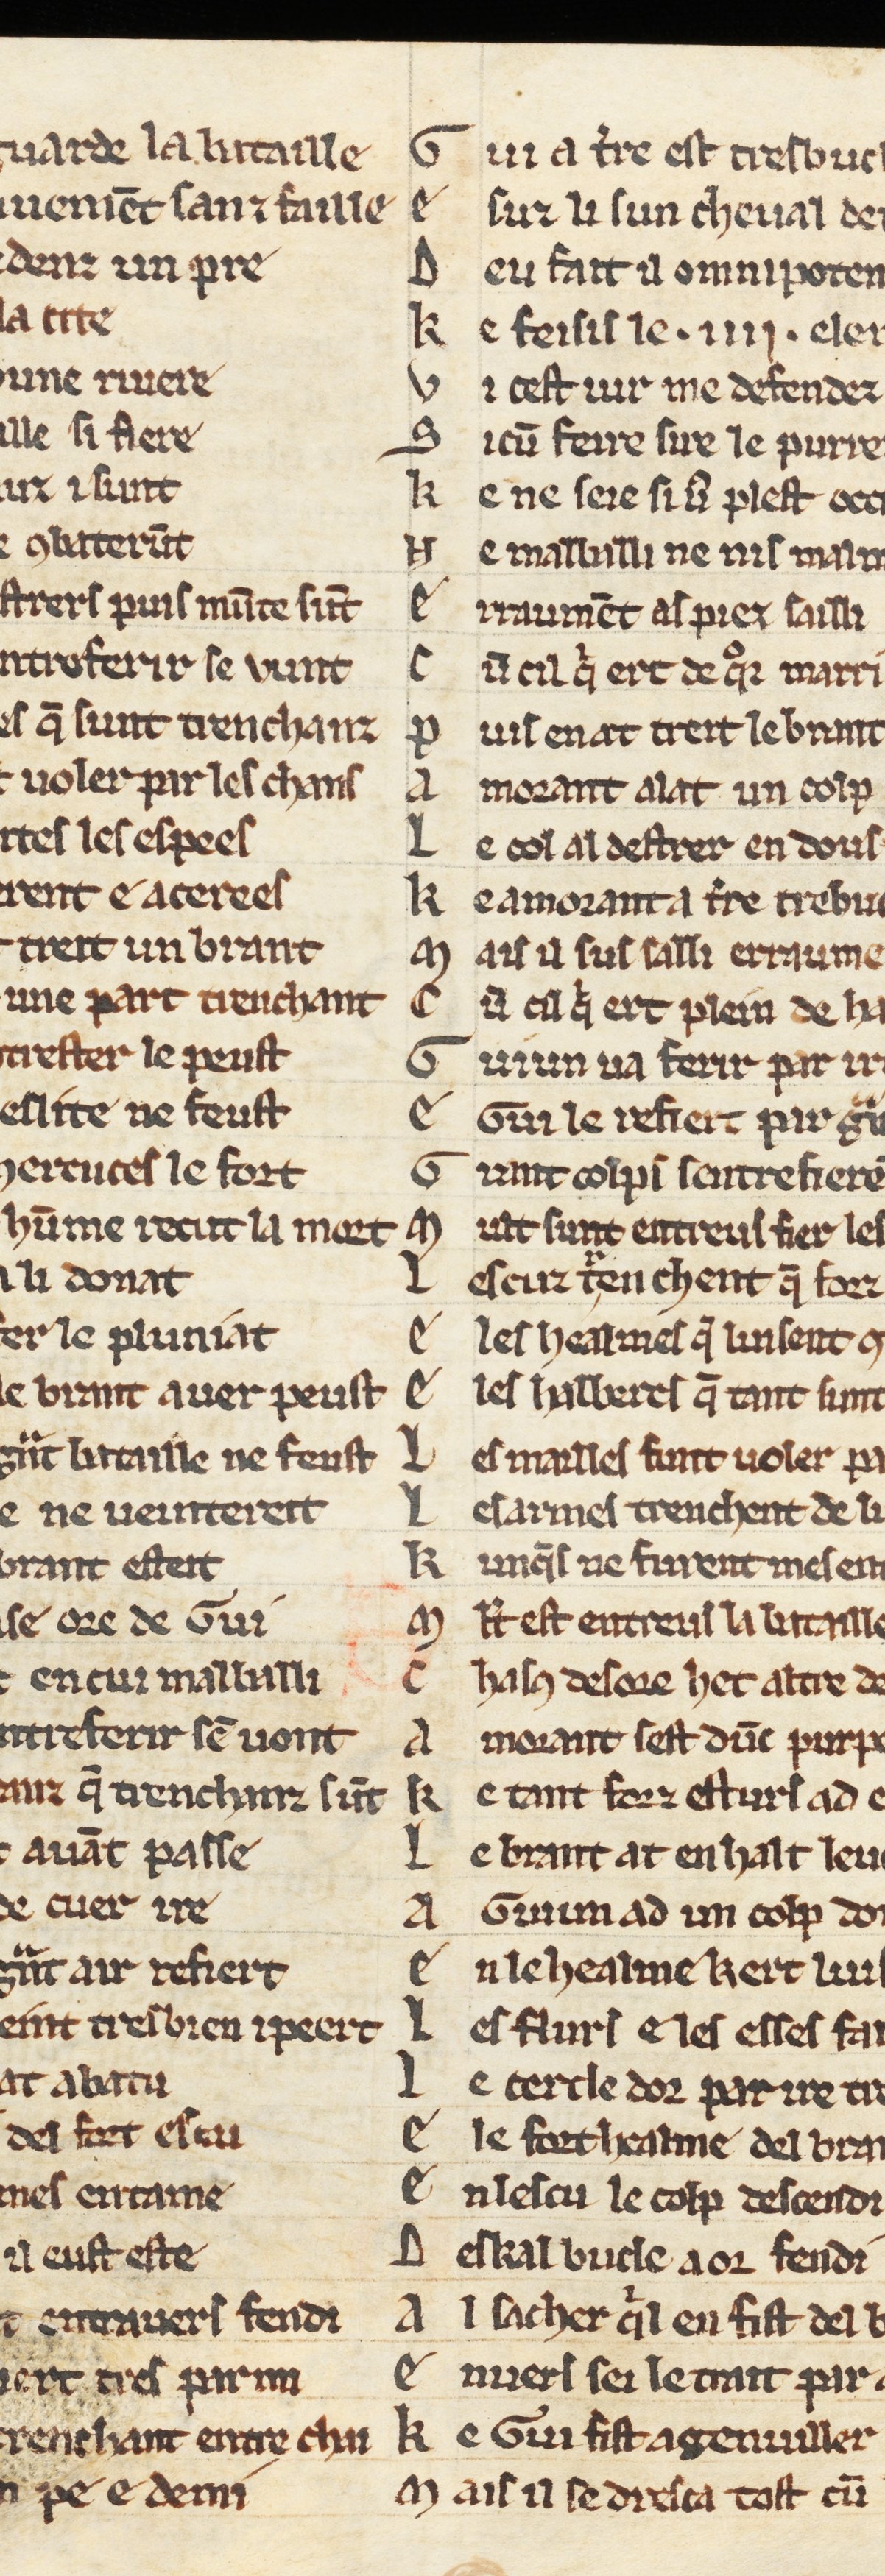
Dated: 1270–1330